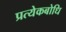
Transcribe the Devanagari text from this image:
प्रत्येकबोधि